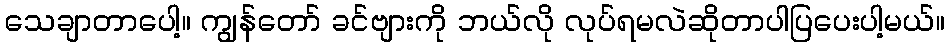
သေချာတာပေါ့။ ကျွန်တော် ခင်ဗျားကို ဘယ်လို လုပ်ရမလဲဆိုတာပါပြပေးပါ့မယ်။